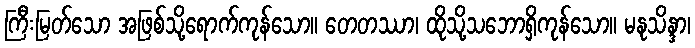
ကြီးမြတ်သော အဖြစ်သို့ရောက်ကုန်သော။ တေတဿာ၊ ထိုသို့သဘောရှိကုန်သော။ မနုသိန္ဒာ၊